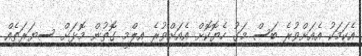
އެކަމަކު އެއަށްވުރެ ބަސް މަގު ހެޔޮކޮށް އެއަށްވުރެ އިލްމީ ގޮތުން މޮޅަށް ސިޔަރަތެއް